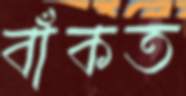
বাঁকত